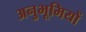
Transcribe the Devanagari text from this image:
अनुभूमियों